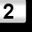
Digit: 2